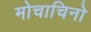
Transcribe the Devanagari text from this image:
मोचाचिनो